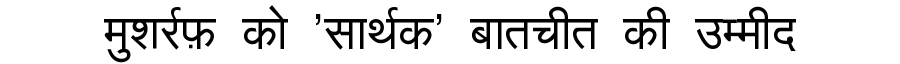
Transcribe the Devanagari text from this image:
मुशर्रफ़ को 'सार्थक' बातचीत की उम्मीद